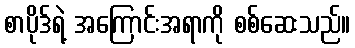
စာပိုဒ်ရဲ့ အကြောင်းအရာကို စစ်ဆေးသည်။